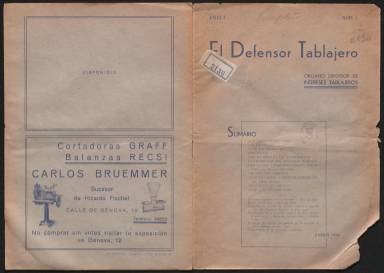
Título: El Defensor tablajero
Colección: Industria || Agricultura y ganadería
Ámbito geográfico: Madrid
Lugar de publicación: Madrid
Fechas: 01/01/1935-31/03/1936